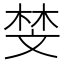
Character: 𫿱